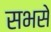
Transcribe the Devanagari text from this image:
सभसे